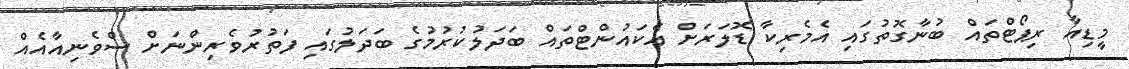
މީޑިއާ ރިޕޯޓްތައް ބުނާގޮތުގައި އެމެރިކާ ޑޮލަރަށް އެކައުންޓްތައް ބަދަލުކުރުމުގެ ބަދަލުގައި ފަތުރުވެރިންނަށް ސްވެނިއާއެއް